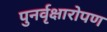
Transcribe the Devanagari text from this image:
पुनर्वृक्षारोपण